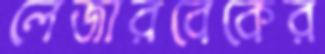
লেজারবেকের